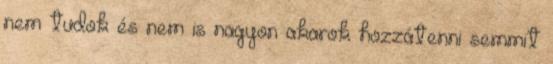
nem tudok és nem is nagyon akarok hozzátenni semmit